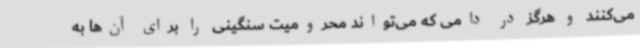
می‌کنند و هرگز در دامی که می‌تواند محرومیت سنگینی را برای آن‌ها به